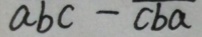
a b c - \overline { c b a }